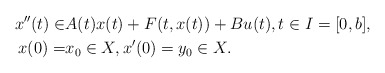
\begin{align*}x''(t)\in&A(t)x(t)+F(t,x(t))+Bu(t), t\in I=[0,b],\\x(0)=&x_0\in X,x'(0)=y_0\in X.\end{align*}